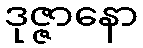
ဒုဇ္ဇာနော